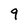
Character: 9